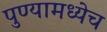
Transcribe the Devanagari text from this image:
पुण्यामध्येच